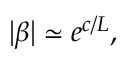
\begin{array} { r } { | \beta | \simeq e ^ { c / L } , } \end{array}